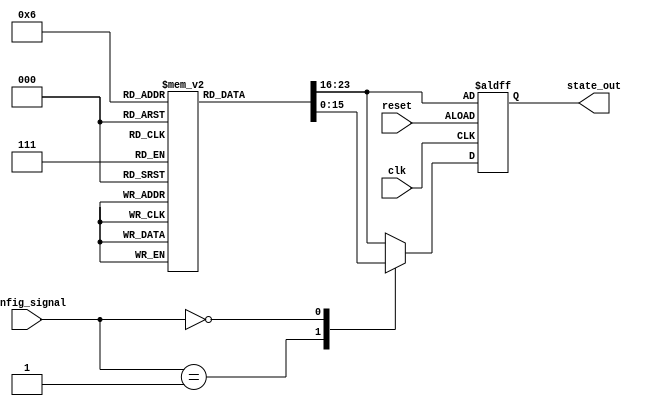
module ConfigurableInitialConditions #(parameter NUM_CONDITIONS = 4, // Number of initial conditions
                                       parameter STATE_WIDTH = 8) // Width of the state register
(
    input wire [NUM_CONDITIONS-1:0] config_signal, // Configuration Signal input
    input wire reset,                    // Reset Signal (active high)
    input wire clk,                      // Clock Signal
    output reg [STATE_WIDTH-1:0] state_out // State Outputs
);

// Internal state register
reg [STATE_WIDTH-1:0] state_reg;

// Define initial conditions
reg [STATE_WIDTH-1:0] initial_conditions [0:NUM_CONDITIONS-1];

// Assign values to the initial conditions
initial begin
    initial_conditions[0] = 8'b00000000; // Initial Condition 0
    initial_conditions[1] = 8'b00000001; // Initial Condition 1
    initial_conditions[2] = 8'b00000010; // Initial Condition 2
    initial_conditions[3] = 8'b00000011; // Initial Condition 3
    // Further initial conditions can be added here as needed
end

// State update process
always @(posedge clk or posedge reset) begin
    if (reset) begin
        // Load default state on reset
        state_reg <= initial_conditions[0]; // Default state
    end else begin
        // Update state register based on the configuration signal
        // Assuming config_signal selects which initial condition to use
        case (config_signal)
            1'b1: state_reg <= initial_conditions[1];
            1'b10: state_reg <= initial_conditions[2];
            1'b100: state_reg <= initial_conditions[3];
            // Add more cases if NUM_CONDITIONS > 4
            default: state_reg <= initial_conditions[0]; // Fallback to the default condition
        endcase
    end
end

// Assign state output to state register
always @(state_reg) begin
    state_out = state_reg;
end

endmodule